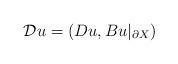
LaTeX: \begin{align*}\mathcal Du=(Du,Bu|_{\partial X})\end{align*}